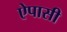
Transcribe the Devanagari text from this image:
ऐपासी